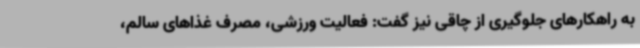
به راهکارهای جلوگیری از چاقی نیز گفت: فعالیت ورزشی، مصرف غذاهای سالم،